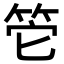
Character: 𥬌